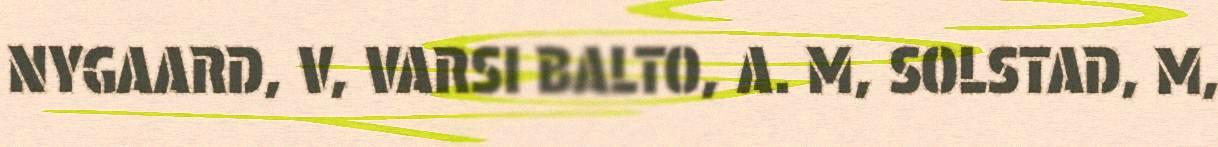
NYGAARD, V, VARSI BALTO, A. M, SOLSTAD, M,